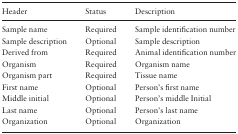
<table><thead><tr><td><b>Header</b></td><td><b>Status</b></td><td><b>Description</b></td></tr></thead><tbody><tr><td>Sample name</td><td>Required</td><td>Sample identification number</td></tr><tr><td>Sample description</td><td>Optional</td><td>Sample description</td></tr><tr><td>Derived from</td><td>Required</td><td>Animal identification number</td></tr><tr><td>Organism</td><td>Required</td><td>Organism name</td></tr><tr><td>Organism part</td><td>Required</td><td>Tissue name</td></tr><tr><td>First name</td><td>Optional</td><td>Person’s first name</td></tr><tr><td>Middle initial</td><td>Optional</td><td>Person’s middle Initial</td></tr><tr><td>Last name</td><td>Optional</td><td>Person’s last name</td></tr><tr><td>Organization</td><td>Optional</td><td>Organization</td></tr></tbody></table>